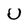
Character: U